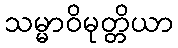
သမ္မာဝိမုတ္တိယာ